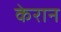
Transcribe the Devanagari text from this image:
केरान